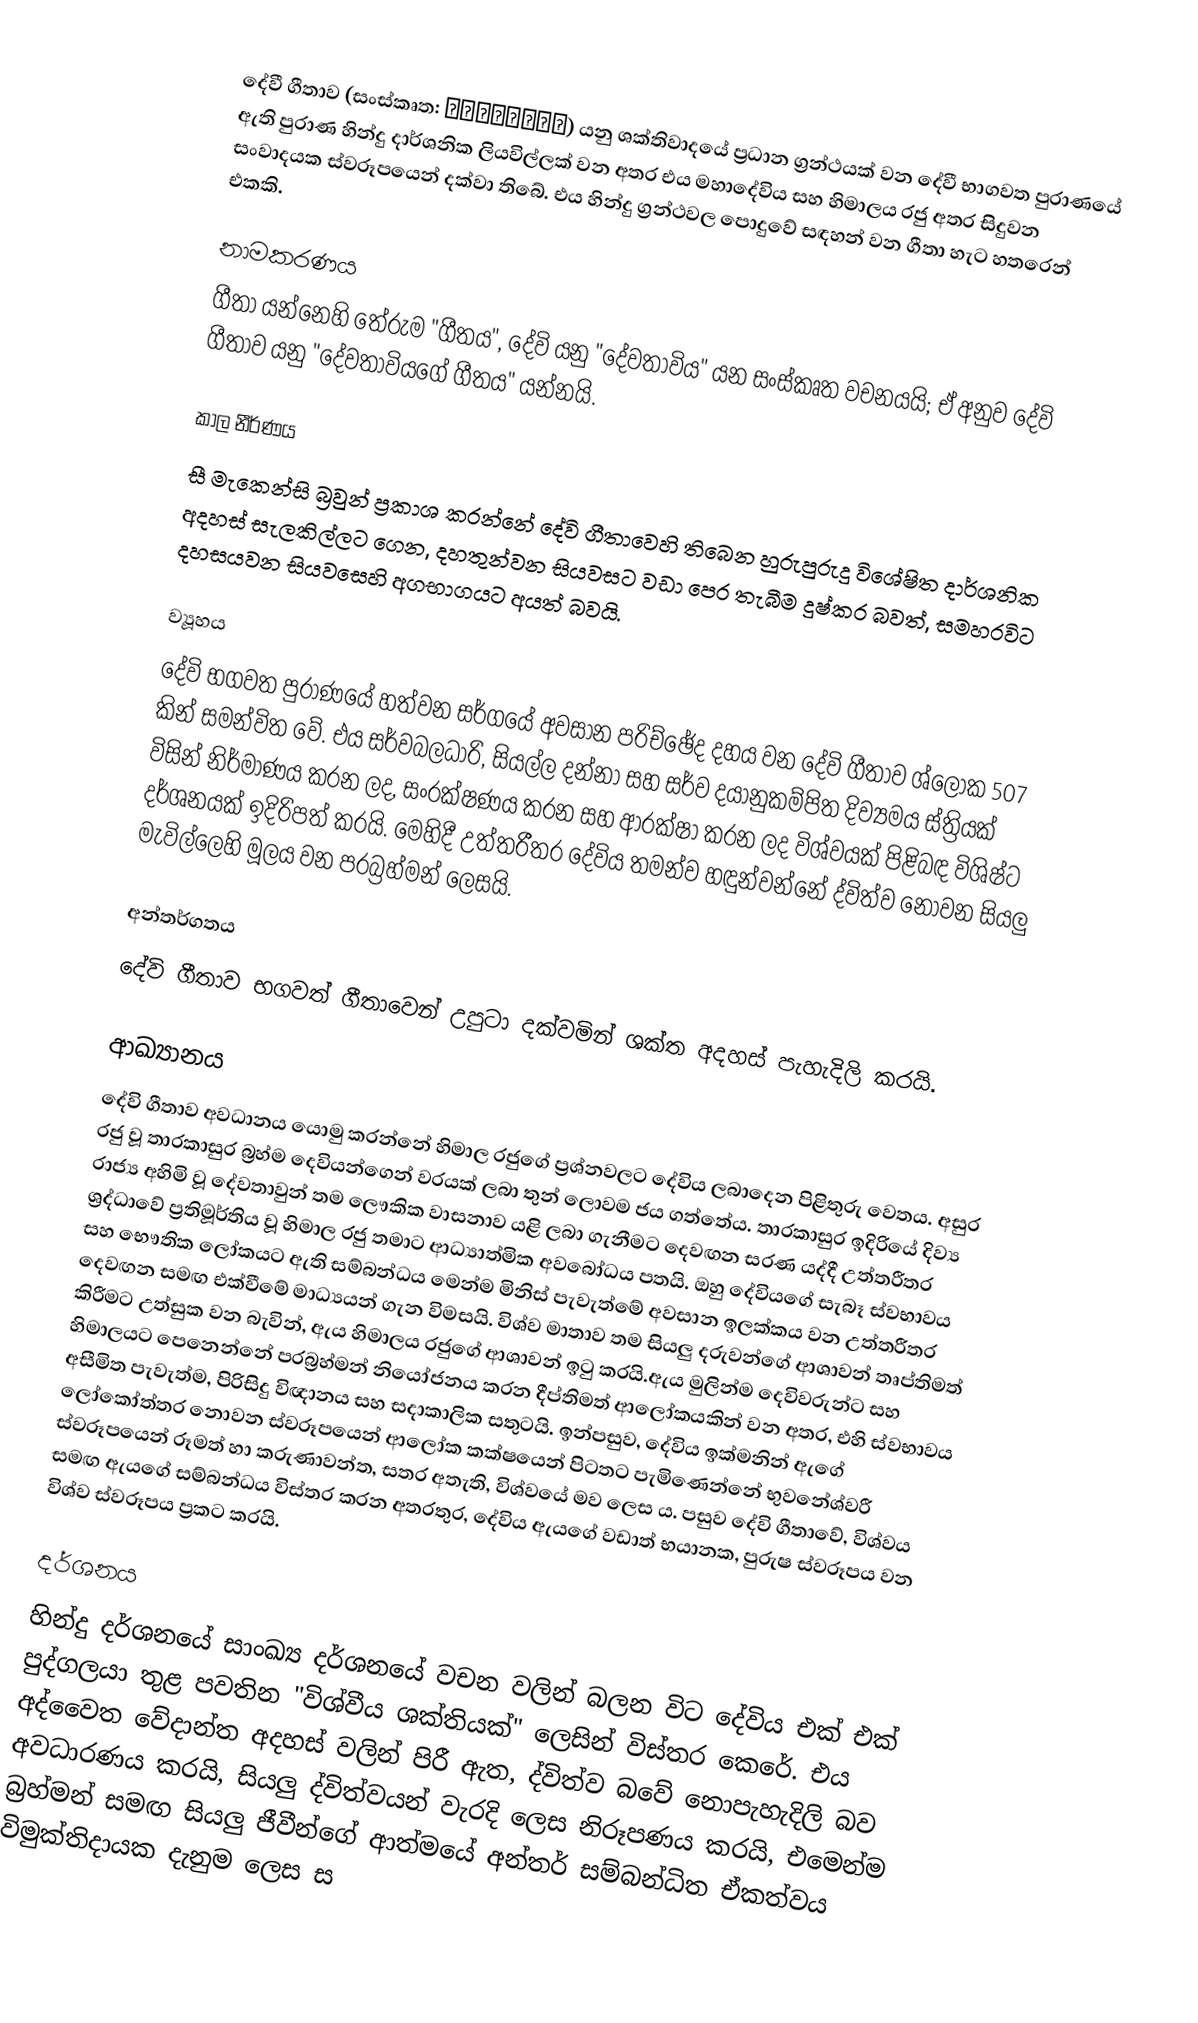
දේවී ගීතාව (සංස්කෘත: देवीगीता) යනු ශක්තිවාදයේ ප්‍රධාන ග්‍රන්ථයක් වන දේවී භාගවත පුරාණයේ ඇති පුරාණ හින්දු දාර්ශනික ලියවිල්ලක් වන අතර එය මහාදේවිය සහ හිමාලය රජු අතර සිදුවන සංවාදයක ස්වරූපයෙන් දක්වා තිබේ. එය හින්දු ග්‍රන්ථවල පොදුවේ සඳහන් වන ගීතා හැට හතරෙන් එකකි.

නාමකරණය
ගීතා යන්නෙහි තේරුම "ගීතය", දේවි යනු "දේවතාවිය" යන සංස්කෘත වචනයයි;  ඒ අනුව දේවි ගීතාව යනු "දේවතාවියගේ ගීතය" යන්නයි.

කාල නීර්ණය
සී මැකෙන්සි බ්‍රවුන් ප්‍රකාශ කරන්නේ දේවි ගීතාවෙහි තිබෙන හුරුපුරුදු විශේෂිත දාර්ශනික අදහස් සැලකිල්ලට ගෙන, දහතුන්වන සියවසට වඩා පෙර තැබීම දුෂ්කර බවත්, සමහරවිට දහසයවන සියවසෙහි අගභාගයට අයත් බවයි.

ව්‍යූහය
දේවි භගවත පුරාණයේ හත්වන සර්ගයේ අවසාන පරිච්ඡේද දහය වන දේවි ගීතාව ශ්ලෝක 507 කින් සමන්විත වේ. එය සර්වබලධාරි, සියල්ල දන්නා සහ සර්ව දයානුකම්පිත දිව්‍යමය ස්ත්‍රියක් විසින් නිර්මාණය කරන ලද, සංරක්ෂණය කරන සහ ආරක්ෂා කරන ලද විශ්වයක් පිළිබඳ විශිෂ්ට දර්ශනයක් ඉදිරිපත් කරයි. මෙහිදී උත්තරීතර දේවිය තමන්ව හඳුන්වන්නේ ද්විත්ව නොවන සියලු මැවිල්ලෙහි මූලය වන පරබ්‍රහ්මන් ලෙසයි.

අන්තර්ගතය
දේවි ගීතාව භගවත් ගීතාවෙන් උපුටා දක්වමින් ශක්ත අදහස් පැහැදිලි කරයි.

ආඛ්‍යානය
දේවි ගීතාව අවධානය යොමු කරන්නේ හිමාල රජුගේ ප්‍රශ්නවලට දේවිය ලබාදෙන පිළිතුරු වෙතය. අසුර රජු වූ තාරකාසුර බ්‍රහ්ම දෙවියන්ගෙන් වරයක් ලබා තුන් ලොවම ජය ගත්තේය. තාරකාසුර ඉදිරියේ දිව්‍ය රාජ්‍ය අහිමි වූ දේවතාවුන් තම ලෞකික වාසනාව යළි ලබා ගැනීමට දෙවඟන ​​සරණ යද්දී උත්තරීතර ශ්‍රද්ධාවේ ප්‍රතිමූර්තිය වූ හිමාල රජු තමාට ආධ්‍යාත්මික අවබෝධය පතයි. ඔහු දේවියගේ සැබෑ ස්වභාවය සහ භෞතික ලෝකයට ඇති සම්බන්ධය මෙන්ම මිනිස් පැවැත්මේ අවසාන ඉලක්කය වන උත්තරීතර දෙවඟන සමඟ එක්වීමේ මාධ්‍යයන් ගැන විමසයි. විශ්ව මාතාව තම සියලු දරුවන්ගේ ආශාවන් තෘප්තිමත් කිරීමට උත්සුක වන බැවින්, ඇය හිමාලය රජුගේ ආශාවන් ඉටු කරයි.ඇය මුලින්ම දෙවිවරුන්ට සහ හිමාලයට පෙනෙන්නේ පරබ්‍රහ්මන් නියෝජනය කරන දීප්තිමත් ආලෝකයකින් වන අතර, එහි ස්වභාවය අසීමිත පැවැත්ම, පිරිසිදු විඥානය සහ සදාකාලික සතුටයි. ඉන්පසුව, දේවිය ඉක්මනින් ඇගේ ලෝකෝත්තර නොවන ස්වරූපයෙන් ආලෝක කක්ෂයෙන් පිටතට පැමිණෙන්නේ භුවනේශ්වරී ස්වරූපයෙන් රූමත් හා කරුණාවන්ත, සතර අතැති, විශ්වයේ මව ලෙස ය. පසුව දේවි ගීතාවේ, විශ්වය සමඟ ඇයගේ සම්බන්ධය විස්තර කරන අතරතුර, දේවිය ඇයගේ වඩාත් භයානක, පුරුෂ ස්වරූපය වන විශ්ව ස්වරූපය ප්‍රකට කරයි.

දර්ශනය
හින්දු දර්ශනයේ සාංඛ්‍ය දර්ශනයේ වචන වලින් බලන විට දේවිය එක් එක් පුද්ගලයා තුළ පවතින "විශ්වීය ශක්තියක්" ලෙසින් විස්තර කෙරේ. එය අද්වෛත වේදාන්ත අදහස් වලින් පිරී ඇත, ද්විත්ව බවේ නොපැහැදිලි බව අවධාරණය කරයි, සියලු ද්විත්වයන් වැරදි ලෙස නිරූපණය කරයි, එමෙන්ම බ්‍රහ්මන් සමඟ සියලු ජීවීන්ගේ ආත්මයේ අන්තර් සම්බන්ධිත ඒකත්වය විමුක්තිදායක දැනුම ලෙස ස